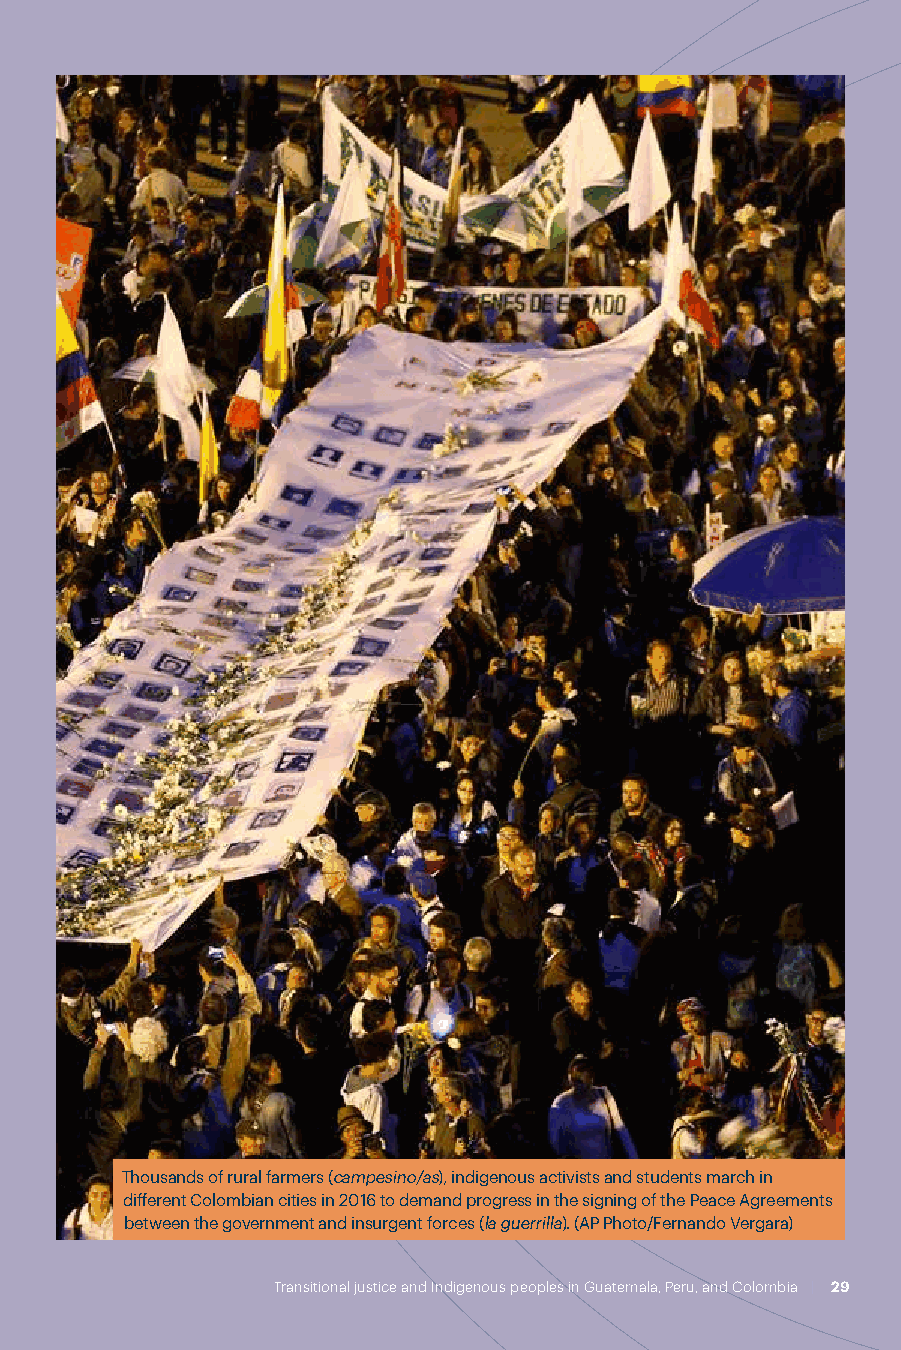
corpses, rather than standards and guidance for the recovery of remains at mass
 burial sites.
 In practice, lacking its own technical capabilities, the Public Prosecution Service
 receives complaints and opens a preliminary forensic investigation. The vast
 majority of complaints come from victims’ organizations that work directly
 with the affected Indigenous communities, victims of the Mayan genocide who
 have reported the location of clandestine graves left in the wake of massacres
 (Chacón & Barrantes, 2015). The preliminary forensic investigation, conducted
 by a prosecutor, is followed by a forensic investigation for the recovery and
 analysis of human remains, carried out through agreements with specialized
 civil society institutions, including the Forensic Anthropology Foundation of
 Guatemala (FAFG).
 To date (2021), the FAFG has completed almost 3,500 exhumations in which it
 has recovered over 5,900 individual skeletons and identified over 2,100 victims.
 Since the Public Prosecution Service rarely acts beyond forensic investigation—
 and therefore the prosecution of enforced disappearances is rare—in practice,
 searches in Guatemala pursue humanitarian aims.
 Indigenous peoples’ participation is ongoing and activates their own values and
 knowledge, but the lack of centralization in the search process makes it difficult
 for the technical civil society organizations whose field of expertise is forensic
 technology to systematize practices and create specific protocols. Beyond the
 tasks of identification, the return of victims’ remains to their families for burial
 creates a new opportunity for the activation of traditional cultural and religious
 practices. A proper burial (Volpe, 2017) requires funeral rituals that bring the
 person’s death into the present, as if it had just occurred, which gives family
 members and the community the opportunity to mourn the departed (Melgar,
 2019).
 The Guatemalan case seems to reflect a process in which the absence of the
 State and, therefore, the nonexistence of a concrete search institution within
 the transitional justice process in that country, has deprived Indigenous peoples
 of the opportunity to concentrate their advocacy and secure the recognition
 of their rights. Their cultural practices related to the treatment of absence
 and death are spontaneously activated in the process opened by civil society
 Thousands of rural farmers (campesino/as), indigenous activists and students march in
 forensic experts, but a national legal and institutional framework that enshrines
 different Colombian cities in 2016 to demand progress in the signing of the Peace Agreements
 the right to these practices has not yet been established. between the government and insurgent forces (la guerrilla). (AP Photo/Fernando Vergara)
 28 | Transitional Justice and Indigenous Peoples in Latin America Transitional justice and Indigenous peoples in Guatemala, Peru, and Colombia | 29